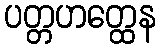
ပတ္တဟတ္ထေန